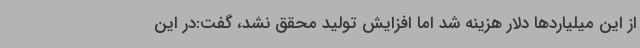
از این میلیاردها دلار هزینه شد اما افزایش تولید محقق نشد، گفت:در این